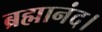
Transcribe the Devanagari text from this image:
ब्रह्मानंद।